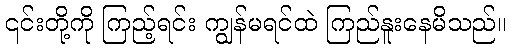
၎င်းတို့ကို ကြည့်ရင်း ကျွန်မရင်ထဲ ကြည်နူးနေမိသည်။